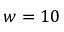
w = 1 0